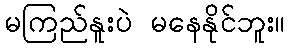
မကြည်နူးပဲ မနေနိုင်ဘူး။